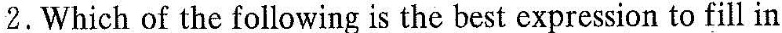
2.Which of the following is the best expression to fill in.